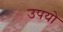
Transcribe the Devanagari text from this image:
उपयो